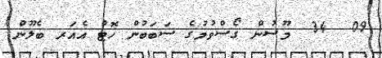
09  34  މޫސުން ގޯސްވުމުގެ ސަބަބުން ހޮޓް އެއަރ ބެލޫން